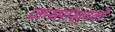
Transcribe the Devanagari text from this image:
जनसांख्यकी